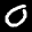
Label: 0